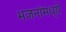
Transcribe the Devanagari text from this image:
भजनांमध्ये